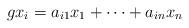
LaTeX: \begin{align*}gx_i=a_{i1}x_1+\cdots +a_{in}x_n\end{align*}